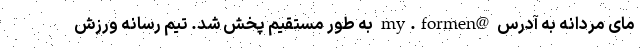
مای مردانه به آدرس @my.formen به طور مستقیم پخش شد. تیم رسانه ورزش